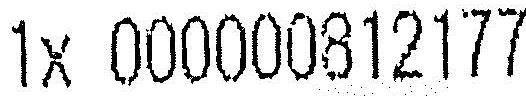
1X 000000812177